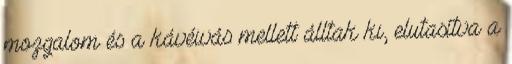
mozgalom és a kávéivás mellett álltak ki, elutasítva a